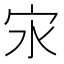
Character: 㲾